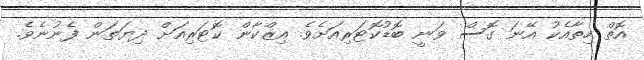
އޮތް ހިތާއެކު އޭނަ ގޮސް ވަނީ ބޮޑުކޮޓަރިއަށެވެ. އިޒްކާން ކޮޓަރިއަށް ދިޔަތަން ފެނުނެވެ.